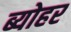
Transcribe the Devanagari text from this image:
ब्योहर